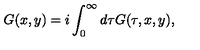
G ( x , y ) = i \int _ { 0 } ^ { \infty } d \tau G ( \tau , x , y ) ,